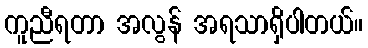
ကူညီရတာ အလွန် အရသာရှိပါတယ်။